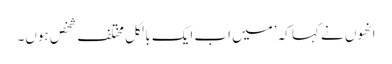
انھوں نے کہا کہ ’میں اب ایک بالکل مختلف شخص ہوں۔